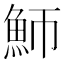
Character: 魳